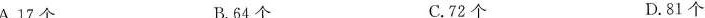
A.17个 B.64个 C.72个 D.81个